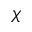
\chi